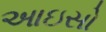
આઇસો